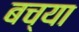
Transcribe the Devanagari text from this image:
बच्या